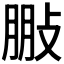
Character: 𢽩